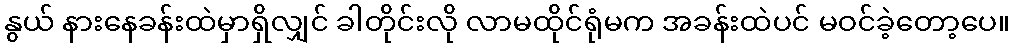
နွယ် နားနေခန်းထဲမှာရှိလျှင် ခါတိုင်းလို လာမထိုင်ရုံမက အခန်းထဲပင် မဝင်ခဲ့တော့ပေ။